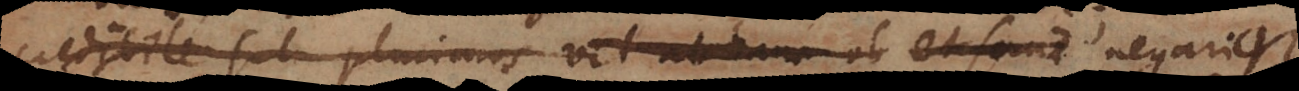
credibile sit plurimas vel abusum ob et sane negarique